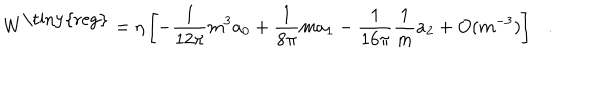
W ^ { \mathrm { \tiny { r e g } } } = \eta \left[ - { \frac { 1 } { 1 2 \pi } } m ^ { 3 } a _ { 0 } + { \frac { 1 } { 8 \pi } } m a _ { 1 } - { \frac { 1 } { 1 6 \pi } } { \frac { 1 } { m } } a _ { 2 } + O ( m ^ { - 3 } ) \right] .